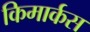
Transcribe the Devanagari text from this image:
किमार्कस